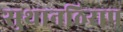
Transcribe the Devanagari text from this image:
सुथानठिराप